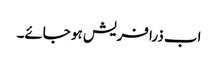
اب ذرا فریش ہو جائے۔